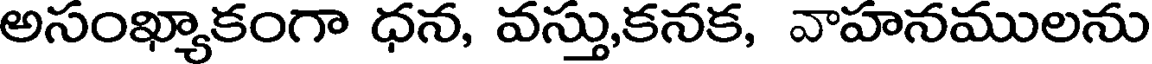
అసంఖ్యాకంగా ధన, వస్తు,కనక, వాహనములను